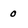
Character: 0